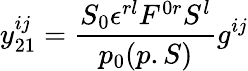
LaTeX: y_{21}^{ij}={\frac{S_{0}\epsilon^{rl}F^{0r}S^{l}}{p_{0}(p.S)}}g^{ij}